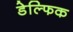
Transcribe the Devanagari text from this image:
डेल्फिक